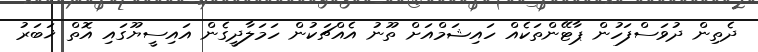
ދެތިން ދުވަސްފަހުން ޕާޓޭންތަކެއް ހައިޝަމްއަށް ތޫނު އެއްޗަކުން ހަމަލާދީގެން އައިސީޔޫގައި އޮތް ޚަބަރު